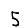
Digit: 5